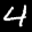
Label: 4